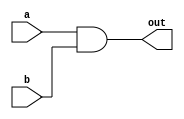
module and_gate(a,b,out);

input a,b;
output out;
 
//and a1(out,a,b); //gate level
assign out = a & b; //data flow modeling
endmodule